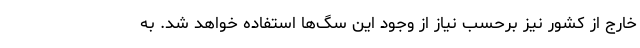
خارج از کشور نیز برحسب نیاز از وجود این سگ‌ها استفاده خواهد شد. به